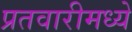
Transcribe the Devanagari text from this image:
प्रतवारीमध्ये